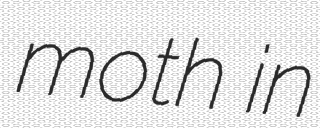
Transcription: moth in